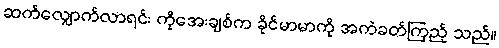
ဆက်လျှောက်လာရင်း ကိုအေးချစ်က ခိုင်မာမာကို အကဲခတ်ကြည့် သည်။